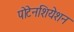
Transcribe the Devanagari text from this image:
पोटेनशियेशन